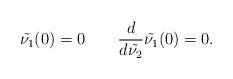
LaTeX: \begin{align*} \tilde{\nu_1}(0)=0\qquad\frac{d}{d\tilde{\nu_2}}\tilde{\nu_1}(0)=0. \end{align*}